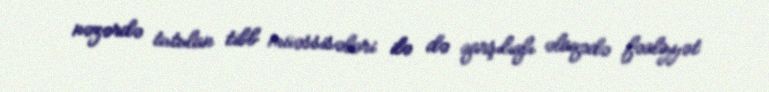
nəzərdə tutulan tibb müəssisələri ilə də qarşılıqlı əlaqədə fəaliyyət